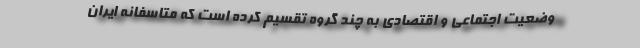
وضعیت اجتماعی و اقتصادی به چند گروه تقسیم کرده است که متاسفانه ایران